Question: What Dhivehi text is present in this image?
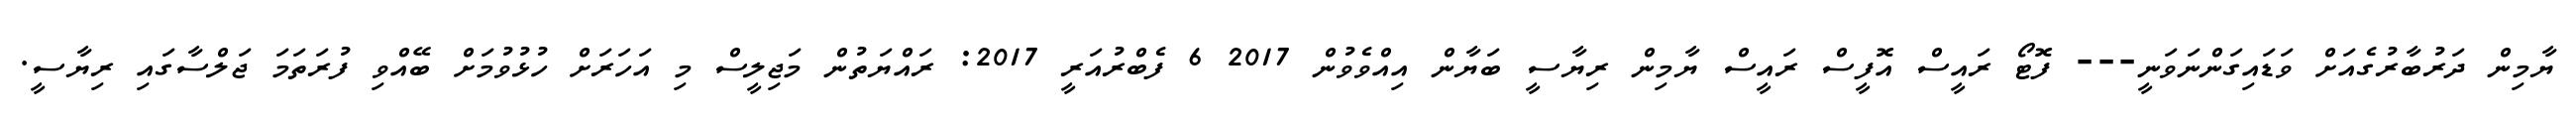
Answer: ޔާމިން ދަރުބާރުގެއަށް ވަޑައިގަންނަވަނީ--- ފޮޓޯ ރައީސް އޮފީސް ރައީސް ޔާމިން ރިޔާސީ ބަޔާން އިއްވެވުން 2017 6 ފެބްރުއަރީ 2017: ރައްޔަތުން މަޖިލީސް މި އަހަރަށް ހުޅުވުމަށް ބޭއްވި ފުރަތަމަ ޖަލްސާގައި ރިޔާސީ.